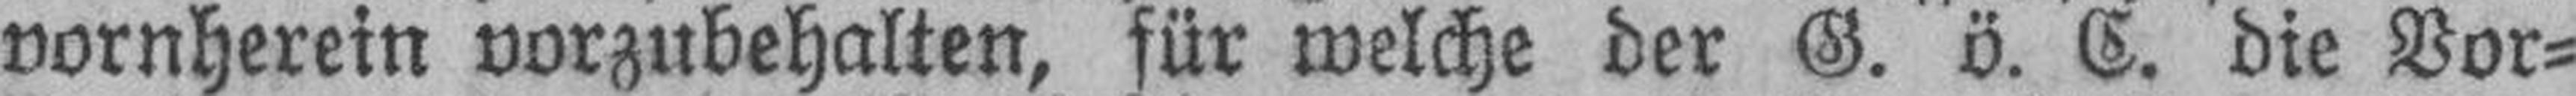
vornherein vorzubehalten, für welche der G. ö. C. die Vor¬